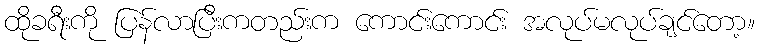
ထိုခရီးကို ပြန်လာပြီးကတည်းက ကောင်းကောင်း အလုပ်မလုပ်ချင်တော့။